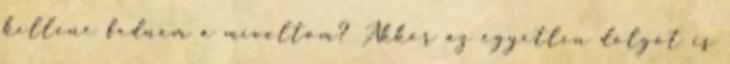
kellene fednem a mivoltom? Akkor az egyetlen dolgot is